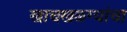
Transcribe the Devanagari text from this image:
खाचखळग्यांचा